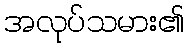
အလုပ်သမား၏